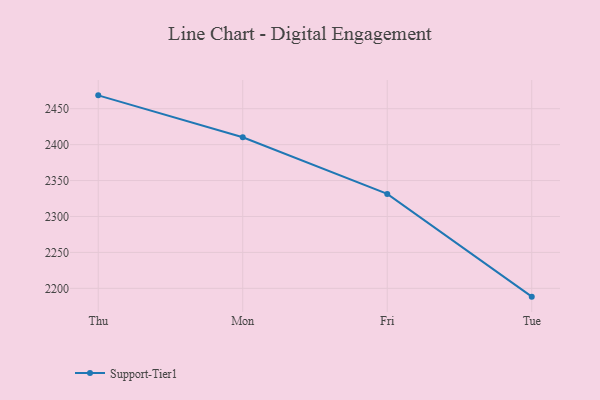
{"axis": {"x": "Day", "y": "Satisfaction Score"}, "legend": ["Support-Tier1"], "data": [{"x": "Thu", "y": 2468.6, "type": "Support-Tier1"}, {"x": "Mon", "y": 2410.2, "type": "Support-Tier1"}, {"x": "Fri", "y": 2331.4, "type": "Support-Tier1"}, {"x": "Tue", "y": 2188.4, "type": "Support-Tier1"}]}